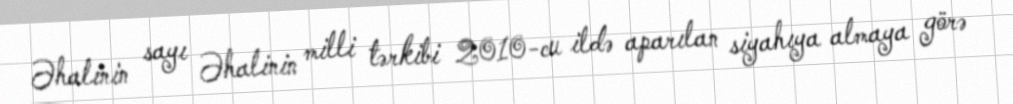
Əhalinin sayı Əhalinin milli tərkibi 2010-cu ildə aparılan siyahıya almaya görə